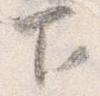
下